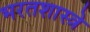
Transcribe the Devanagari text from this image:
भरतशास्त्रे